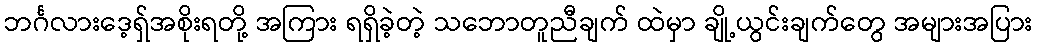
ဘင်္ဂလားဒေ့ရှ်အစိုးရတို့ အကြား ရရှိခဲ့တဲ့ သဘောတူညီချက် ထဲမှာ ချို့ယွင်းချက်တွေ အများအပြား